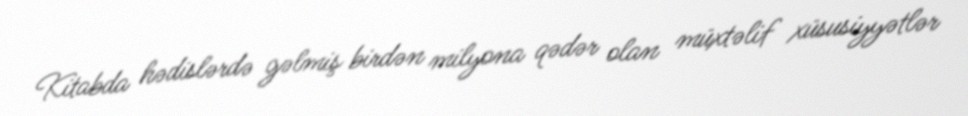
Kitabda hədislərdə gəlmiş birdən milyona qədər olan müxtəlif xüsusiyyətlər